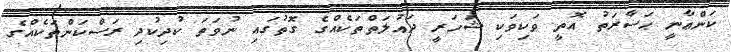
ކަންޢާނީ ޙަޟާރަތު އޮތީ ވަކިވަކި ޝަހަރީ ދައުލަތްތަކެއްގެ ގޮތުގައި ނުވަތަ ކުދިކުދި ރަސްކަންތަކެއްގެ